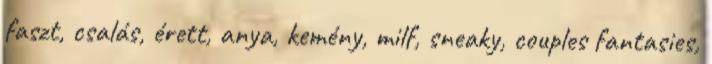
faszt, csalás, érett, anya, kemény, milf, sneaky, couples fantasies,